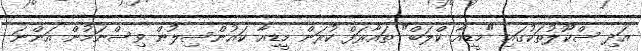
އަދި ސްކޫލުތަކުގައި "މީޑިއާ ކްލަބް" ތައާރަފް ކުރަން މީޑިއާ ކައުންސިލުން ވިސްނަމުން އަންނަ